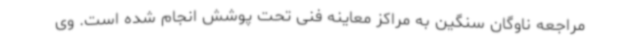
مراجعه ناوگان سنگین به مراکز معاینه فنی تحت پوشش انجام شده است. وی